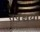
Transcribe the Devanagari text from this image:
तपश्चया